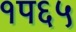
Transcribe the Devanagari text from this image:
१प६५